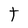
Character: O